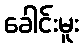
ခေါင်းမူး